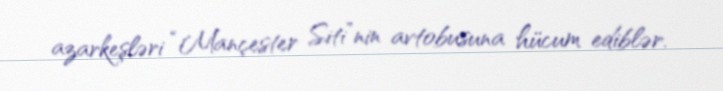
azarkeşləri “Mançester Siti”nin avtobusuna hücum ediblər.